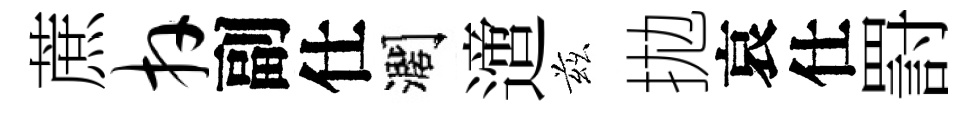
蔗卉副仕濶𨗁兹拋哀仕罸